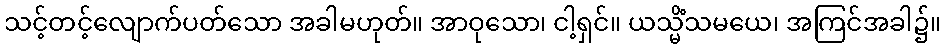
သင့်တင့်လျောက်ပတ်သော အခါမဟုတ်။ အာဝုသော၊ ငါ့ရှင်။ ယသ္မိံသမယေ၊ အကြင်အခါ၌။